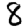
Digit: 8